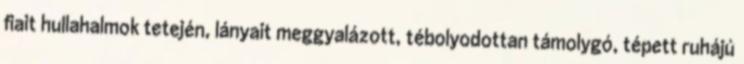
fiait hullahalmok tetején, lányait meggyalázott, tébolyodottan támolygó, tépett ruhájú